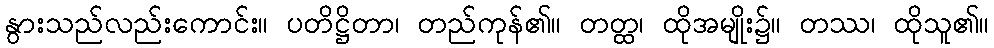
နွားသည်လည်းကောင်း။ ပတိဋ္ဌိတာ၊ တည်ကုန်၏။ တတ္ထ၊ ထိုအမျိုး၌။ တဿ၊ ထိုသူ၏။